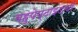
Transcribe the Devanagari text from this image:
बहुपेप्टाइडची